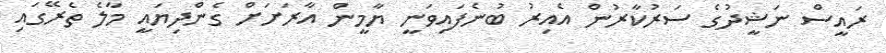
ރައީސް ނަޝީދުގެ ސަރުކާރުން އެއިރު ބުނެފައިވަނީ ޔާމީން އާރަށަށް ގެންދިޔައީ މާލެ ތެރޭގައި